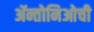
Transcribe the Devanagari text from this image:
ॲन्तोनिओची